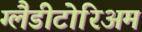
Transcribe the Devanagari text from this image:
ग्लैडीटोरिअम